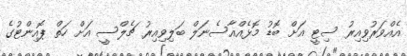
އެއްވަރުވިއިރު ސިޓީ އަށް ބޮޑު މޮޅެއްއާސެނަލް ބަލިވިއިރު ޗެލްސީ އަށް ހަތް ޕޮއިންޓުގެ